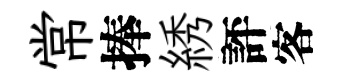
常捧綉評客